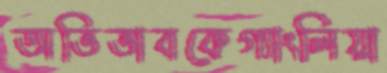
অভিভাবকেগ্যাংলিয়া